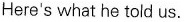
Here's what he told us.